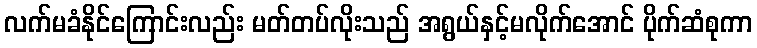
လက်မခံနိုင်ကြောင်းလည်း မတ်တပ်လိုးသည် အရွယ်နှင့်မလိုက်အောင် ပိုက်ဆံစုကာ